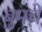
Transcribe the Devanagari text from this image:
बुमचे